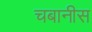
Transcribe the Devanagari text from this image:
चबानीस